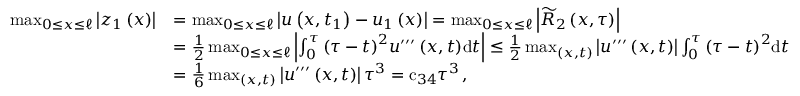
\begin{array} { r l } { \operatorname* { m a x } _ { 0 \leq x \leq \ell } \left| { z } _ { 1 } \left( x \right) \right| } & { = \operatorname* { m a x } _ { 0 \leq x \leq \ell } \left| { u } \left( x , { t } _ { 1 } \right) - { u } _ { 1 } \left( x \right) \right| = \operatorname* { m a x } _ { 0 \leq x \leq \ell } \left| { \widetilde R } _ { 2 } \left( x , { \tau } \right) \right| } \\ & { = \frac { 1 } { 2 } \operatorname* { m a x } _ { 0 \leq x \leq \ell } \left| \int _ { 0 } ^ { { \tau } } { { \left( { \tau } - t \right) } ^ { 2 } { u } ^ { { \prime } { \prime } { \prime } } \left( x , t \right) } { \mathrm { d } t } \right| \leq \frac { 1 } { 2 } \operatorname* { m a x } _ { \left( x , t \right) } \left| { u } ^ { { \prime } { \prime } { \prime } } \left( x , t \right) \right| \int _ { 0 } ^ { { \tau } } { { \left( { \tau } - t \right) } ^ { 2 } } { \mathrm { d } t } } \\ & { = \frac { 1 } { 6 } \operatorname* { m a x } _ { \left( x , t \right) } \left| { u } ^ { { \prime } { \prime } { \prime } } \left( x , t \right) \right| { \tau } ^ { 3 } = { \mathrm { c } } _ { 3 4 } { \tau } ^ { 3 } \, , } \end{array}